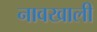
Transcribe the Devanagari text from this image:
नावखाली